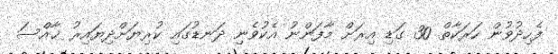
ފެހިދުވުން ހަރަކާތް 30 ގަޑި އިރަށް މާފަންނު އެކުވެނި ދަނޑުގައި ކުރިޔަށްދިޔައިރު ޚާއްސަ